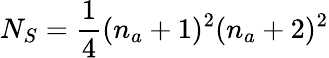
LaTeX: N_{S}=\frac{1}{4}(n_{a}+1)^{2}(n_{a}+2)^{2}